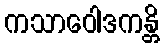
ကသာဝေါဒကန္တိ